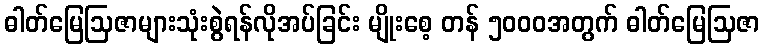
ဓါတ်မြေဩဇာများသုံးစွဲရန်လိုအပ်ခြင်း မျိုးစေ့ တန် ၅၀၀၀အတွက် ဓါတ်မြေဩဇာ